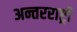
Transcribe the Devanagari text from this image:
अन्तरराष्ट्री